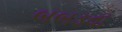
બબડવા